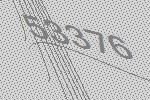
53376